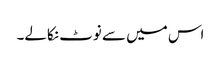
اس میں سے نوٹ نکالے۔